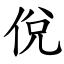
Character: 侻